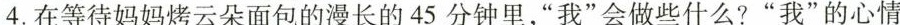
4.在等待妈妈烤云朵面包的漫长的45分钟里，“我”会做些什么?“我”的心情